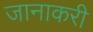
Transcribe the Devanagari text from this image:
जानाकरी